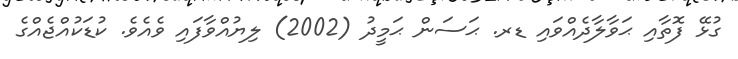
ގުޅޭ ފޮތާއި ޙަވާލާދެއްވައި ޑރ. ޙަސަން ޙަމީދު (2002) ލިޔުއްވާފައި ވެއެވެ. ކުޑަކުއްޖެއްގެ